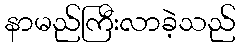
နာမည်ကြီးလာခဲ့သည်